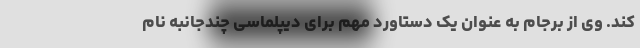
کند. وی از برجام به عنوان یک دستاورد مهم برای دیپلماسی چندجانبه نام